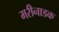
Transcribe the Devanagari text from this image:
मरीनाडक